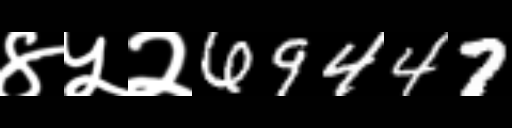
Text: ४५२69447